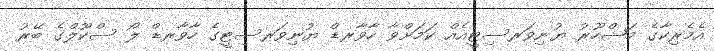
އެމެރިކާގެ މަޝްހޫރު ޔުނިވަރސިޓީއެއް ކަމަށްވާ ހާވާރޑް ޔުނިވަރސިޓީގެ ހާވާރޑް ލޯ ސްކޫލްގެ ބޭރު